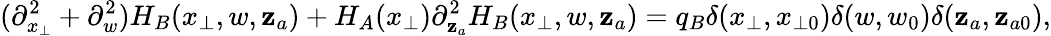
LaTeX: (\partial_{x_{\perp}}^{2}+\partial_{w}^{2})H_{B}(x_{\perp},w,\mathbf{z}_{a})+H_{A}(x_{\perp})\partial_{\mathbf{z}_{a}}^{2}H_{B}(x_{\perp},w,\mathbf{z}_{a})=q_{B}\delta(x_{\perp},x_{\perp0})\delta(w,w_{0})\delta(\mathbf{z}_{a},\mathbf{z}_{a0}),